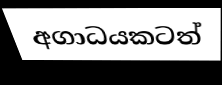
අගාධයකටත්